Scientific memoirs by medical officers of the Army of India - Part XII,
Year: 1901
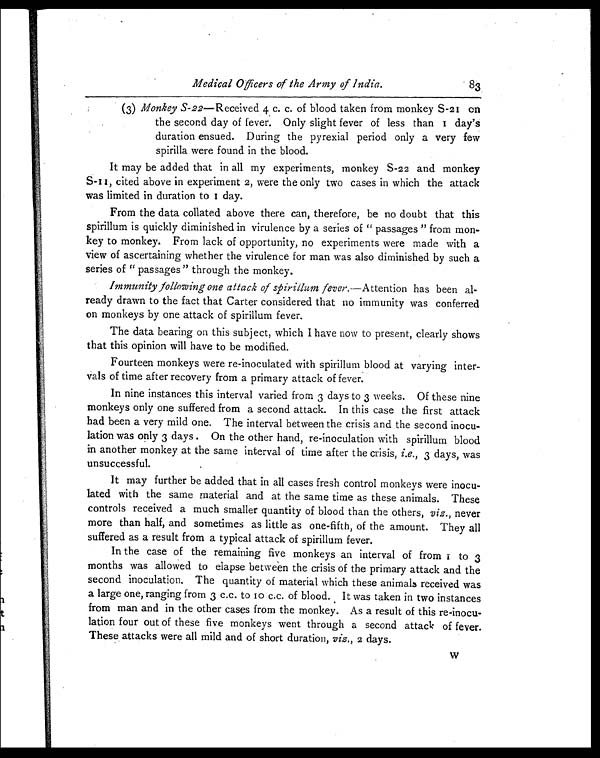
Medical Officers of the Army of India.
83
(3) Monkey S-22—Received 4 c. c. of blood taken from monkey S-21 on
the second day of fever. Only slight fever of less than 1 day's
duration ensued. During the pyrexial period only a very few
spirilla were found in the blood.
It may be added that in all my experiments, monkey S-22 and monkey
S-11, cited above in experiment 2, were the only two cases in which the attack
was limited in duration to 1 day.
From the data collated above there can, therefore, be no doubt that this
spirillum is quickly diminished in virulence by a series of " passages " from mon-
key to monkey. From lack of opportunity, no experiments were made with a
view of ascertaining whether the virulence for man was also diminished by such a
series of " passages " through the monkey.
Immunity following one attack of spirillum fever.—Attention has been al-
ready drawn to the fact that Carter considered that no immunity was conferred
on monkeys by one attack of spirillum fever.
The data bearing on this subject, which I have now to present, clearly shows
that this opinion will have to be modified.
Fourteen monkeys were re-inoculated with spirillum blood at varying inter-
vals of time after recovery from a primary attack of fever.
In nine instances this interval varied from 3 days to 3 weeks. Of these nine
monkeys only one suffered from a second attack. In this case the first attack
had been a very mild one. The interval between the crisis and the second inocu-
lation was only 3 days . On the other hand, re-inoculation with spirillum blood
in another monkey at the same interval of time after the crisis, i.e., 3 days, was
unsuccessful.
It may further be added that in all cases fresh control monkeys were inocu-
lated with the same material and at the same time as these animals. These
controls received a much smaller quantity of blood than the others, viz., never
more than half, and sometimes as little as one-fifth, of the amount. They all
suffered as a result from a typical attack of spirillum fever.
In the case of the remaining five monkeys an interval of from 1 t o 3
months was allowed to elapse between the crisis of the primary attack and the
second inoculation. The quantity of material which these animals received was
a large one, ranging from 3 c.c. to 10 c.c. of blood. It was taken in two instances
from man and in the other cases from the monkey. As a result of this re-inocu-
lation four out of these five monkeys went through a second attack of fever.
These attacks were all mild and of short duration, viz., 2 days.
W